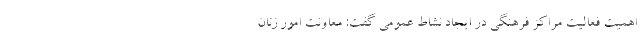
اهمیت فعالیت مراکز فرهنگی در ایجاد نشاط عمومی گفت: معاونت امور زنان